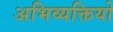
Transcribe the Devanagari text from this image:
अभिव्यक्तियो